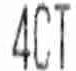
4CT